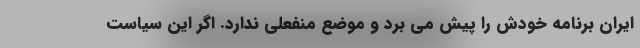
ایران برنامه خودش را پیش می برد و موضع منفعلی ندارد. اگر این سیاست